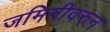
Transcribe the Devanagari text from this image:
जमिनीवरुन